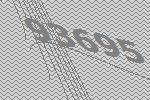
93695